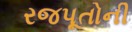
રજપૂતોની